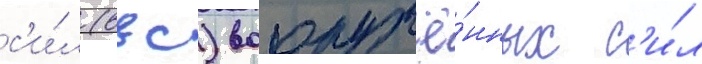
с'и́л (ввс) вооружё́нных с'и́л